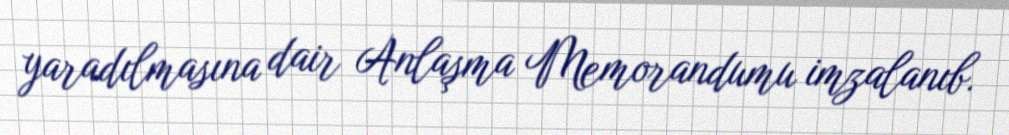
yaradılmasına dair Anlaşma Memorandumu imzalanıb.